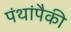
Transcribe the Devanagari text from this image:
पंथांपैकी